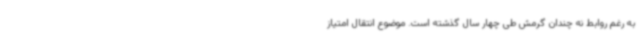
به رغم روابط نه چندان گرمش طی چهار سال گذشته است. موضوع انتقال امتیاز